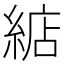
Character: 𦁦